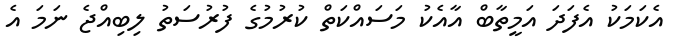
އެކަމަކު އެފަދަ އަމީތާބް އާއެކު މަސައްކަތް ކުރުމުގެ ފުރުސަތު ލިބިއްޖެ ނަމަ އެ